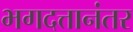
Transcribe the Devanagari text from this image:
भगदत्तानंतर